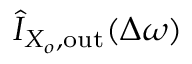
\hat { I } _ { X _ { o } , \mathrm { o u t } } ( \Delta \omega )